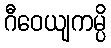
ဂီဝေယျကမ္ပိ